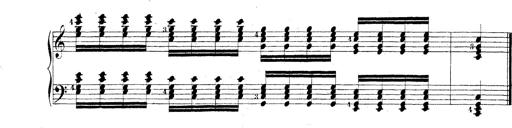
Title: Technische Studien
Composer: Franz Liszt